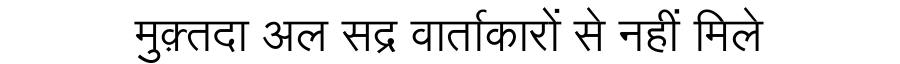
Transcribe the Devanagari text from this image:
मुक़्तदा अल सद्र वार्ताकारों से नहीं मिले